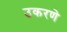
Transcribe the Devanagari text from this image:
उकरणे